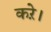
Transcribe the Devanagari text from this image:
करे़।